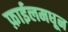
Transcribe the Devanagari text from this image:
फ़ाईलमधून